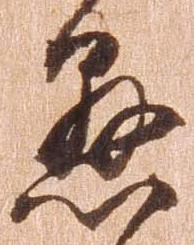
懸